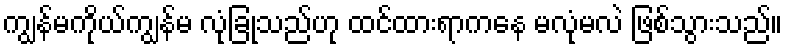
ကျွန်မကိုယ်ကျွန်မ လုံခြုံသည်ဟု ထင်ထားရာကနေ မလုံမလဲ ဖြစ်သွားသည်။